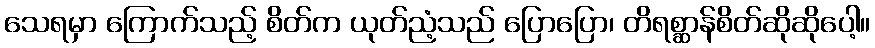
သေရမှာ ကြောက်သည့် စိတ်က ယုတ်ညံ့သည် ပြောပြော၊ တိရစ္ဆာန်စိတ်ဆိုဆိုပေါ့။